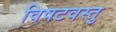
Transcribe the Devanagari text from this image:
विषटवस्तु